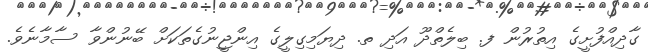
ގާދިއްފުށީގެ އިތުރުން ފ. ބިލެތްދޫ އަދި ތ. ދިޔަމިގިލީގެ އިންޖީނުގެތަކަށް ބޭނުންވާ ސާމާނެވެ.